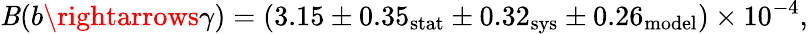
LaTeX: \mathit{B}(b\rightarrows\gamma)=(3.15\pm0.35_{\mathrm{{stat}}}\pm0.32_{\mathrm{{sys}}}\pm0.26_{\mathrm{{model}}})\times10^{-4},